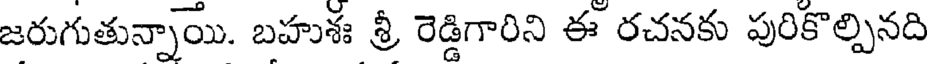
జరుగుతున్నాయి. బహుశః శ్రీ రెడ్డిగారిని ఈ రచనకు పురికొల్పినది